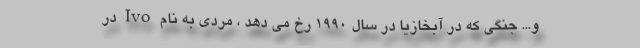
و... جنگی که در آبخازیا در سال ۱۹۹۰ رخ می دهد ، مردی به نام Ivo در